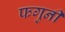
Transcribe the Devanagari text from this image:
फगुनी